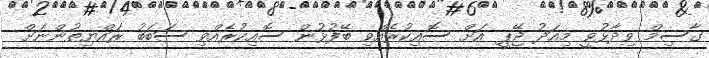
ގާސިމް ވިދާޅުވީ މިއަދު ޖޭޕީ އަށް ސޮއިކުރެއްވި ބޭފުޅުން ސޮއިކުރެއްވި ސަބަބު ރައްޔިތުންނަަށް